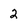
Character: 2